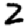
Digit: 2